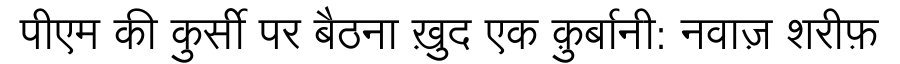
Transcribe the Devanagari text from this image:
पीएम की कुर्सी पर बैठना ख़ुद एक क़ुर्बानी: नवाज़ शरीफ़